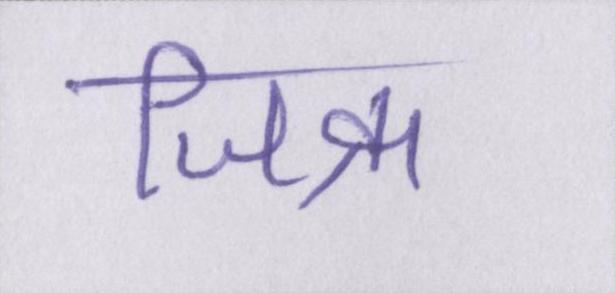
जिक्र